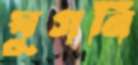
ঘুগনি